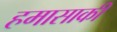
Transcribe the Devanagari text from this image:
हमासाकी